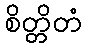
စိတ္တိတံ